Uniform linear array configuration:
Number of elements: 24
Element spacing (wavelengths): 1
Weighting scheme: kaiser
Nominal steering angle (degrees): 15
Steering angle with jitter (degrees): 14.209
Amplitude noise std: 0.05
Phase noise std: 0.05

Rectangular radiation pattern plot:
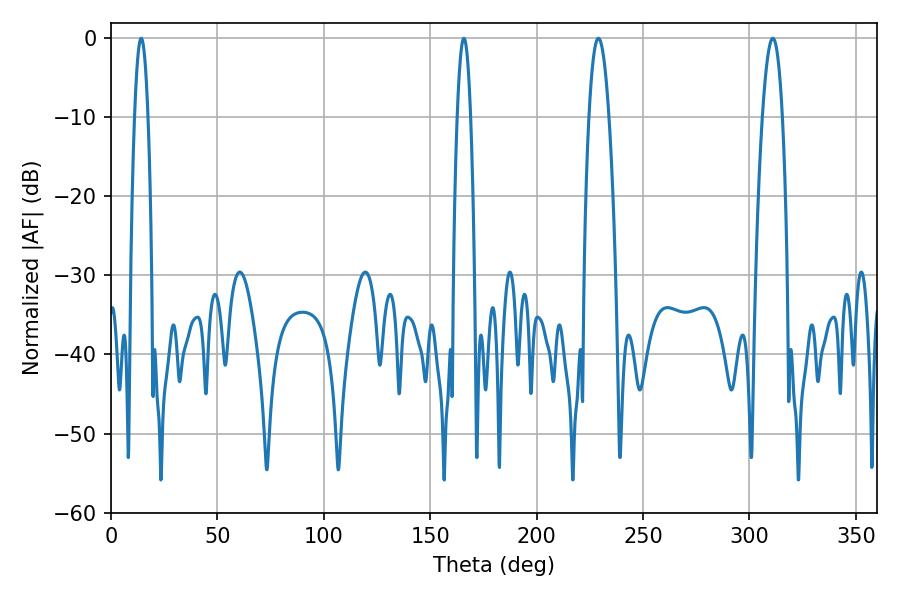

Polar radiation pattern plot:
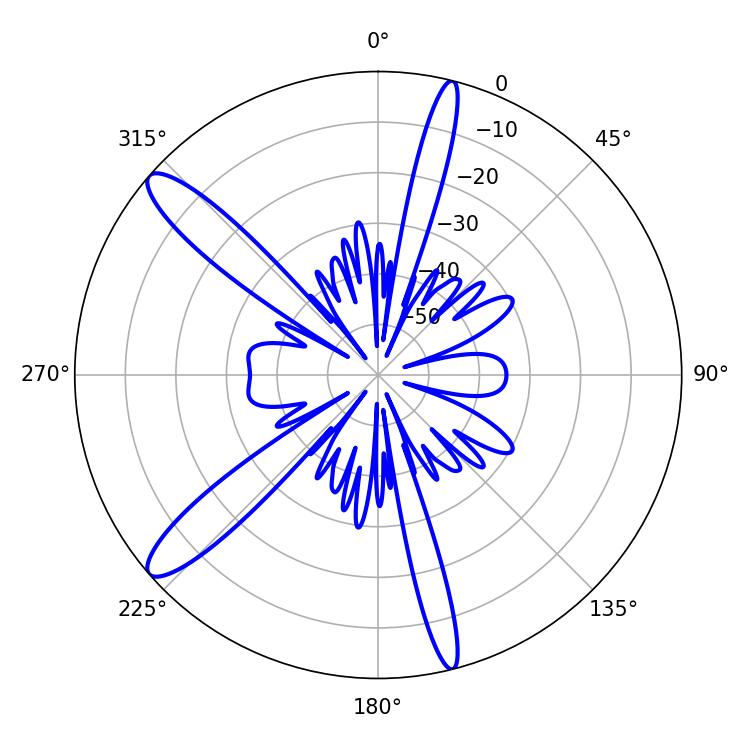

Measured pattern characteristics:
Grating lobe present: TRUE
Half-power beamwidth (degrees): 3.42
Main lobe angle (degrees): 14.22